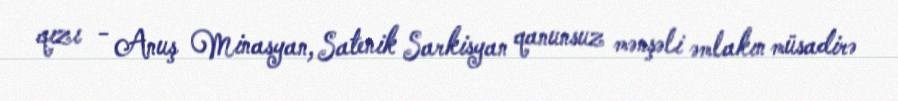
qızı - Anuş Minasyan, Satenik Sarkisyan qanunsuz mənşəli əmlakın müsadirə